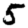
Digit: 5